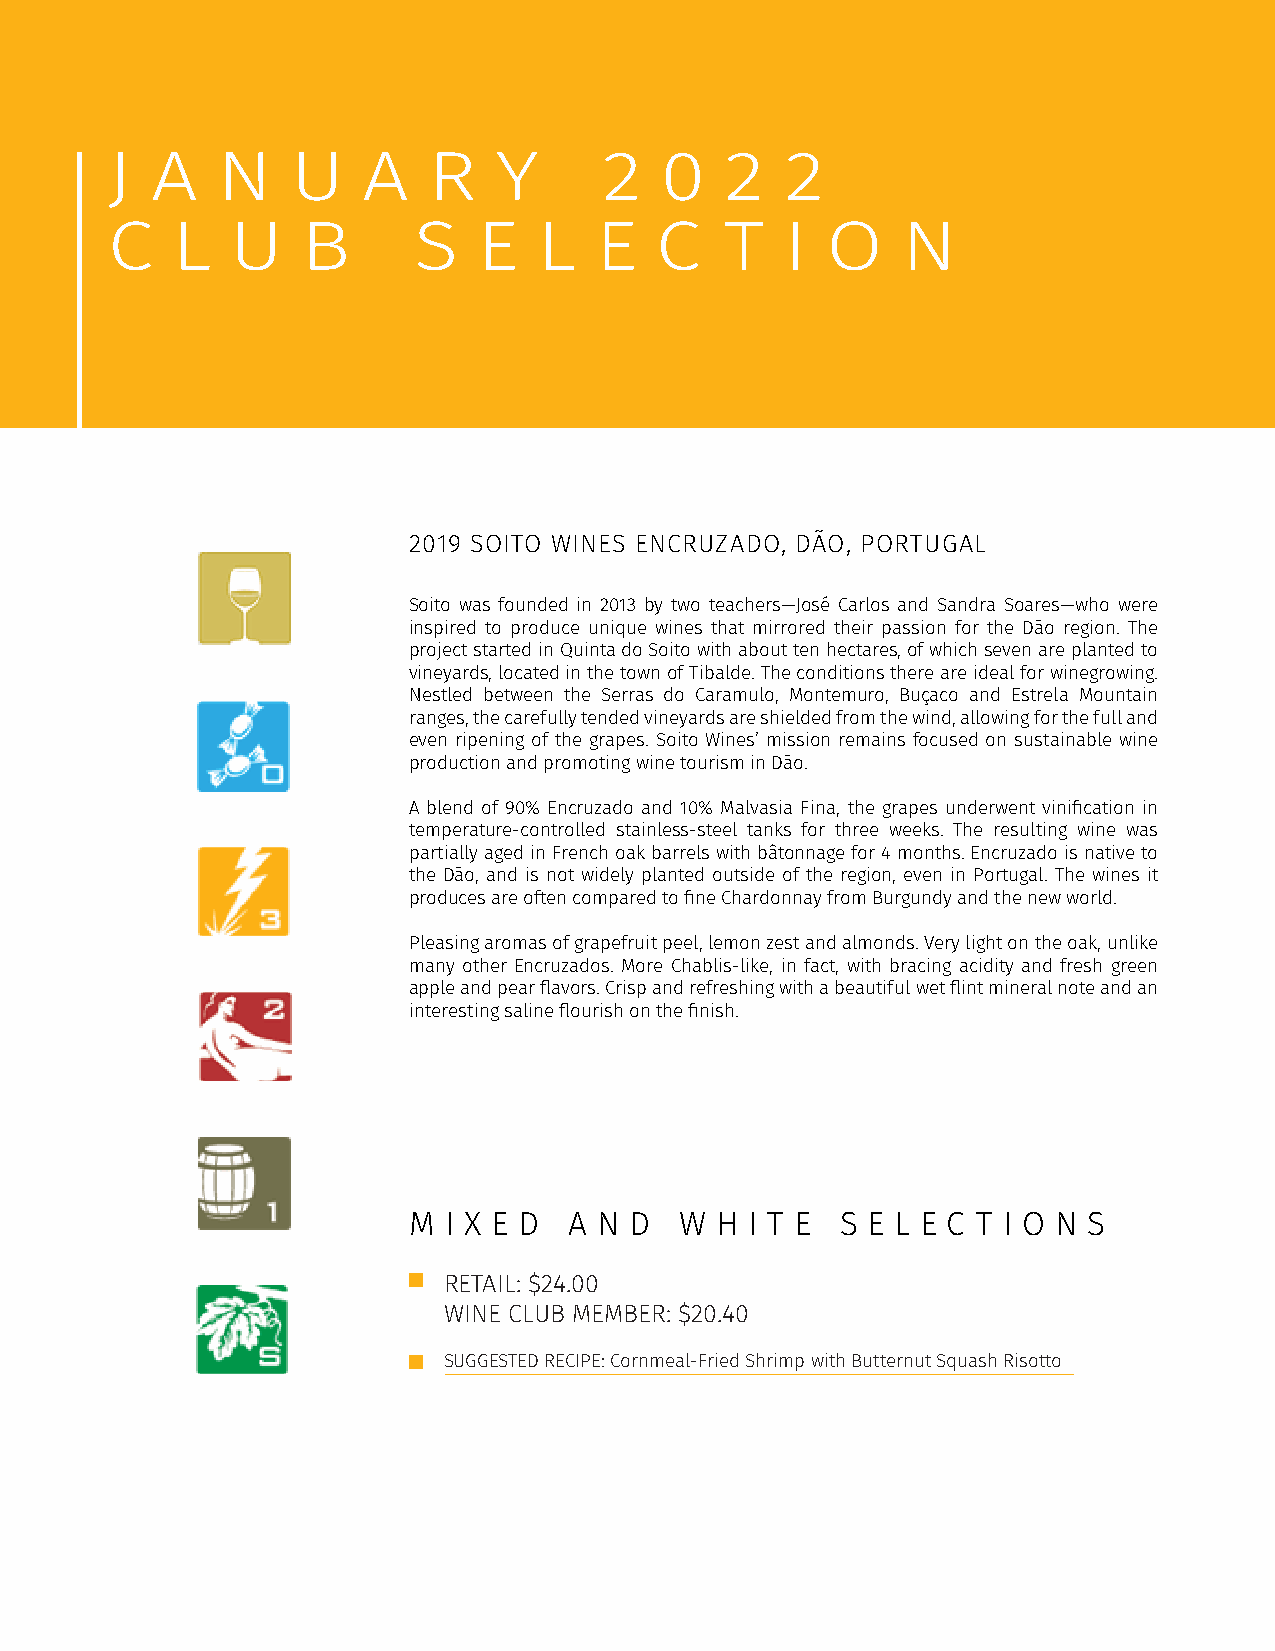
J  A   N    U    A   R    Y      2   0   2   2
 C   L   U    B      S    E   L  E   C    T   I  O    N
 2019 SOITO WINES ENCRUZADO, DÃO, PORTUGAL
 Soito was founded in 2013 by two teachers—José Carlos and Sandra Soares—who were
 inspired to produce unique wines that mirrored their passion for the Dão region. The
 project started in Quinta do Soito with about ten hectares, of which seven are planted to
 vineyards, located in the town of Tibalde. The conditions there are ideal for winegrowing.
 Nestled between the Serras do Caramulo, Montemuro, Buçaco and Estrela Mountain
 ranges, the carefully tended vineyards are shielded from the wind, allowing for the full and
 even ripening of the grapes. Soito Wines’ mission remains focused on sustainable wine
 production and promoting wine tourism in Dão.
 A blend of 90% Encruzado and 10% Malvasia Fina, the grapes underwent vinification in
 temperature-controlled stainless-steel tanks for three weeks. The resulting wine was
 partially aged in French oak barrels with bâtonnage for 4 months. Encruzado is native to
 the Dão, and is not widely planted outside of the region, even in Portugal. The wines it
 produces are often compared to fine Chardonnay from Burgundy and the new world.
 Pleasing aromas of grapefruit peel, lemon zest and almonds. Very light on the oak, unlike
 many other Encruzados. More Chablis-like, in fact, with bracing acidity and fresh green
 apple and pear flavors. Crisp and refreshing with a beautiful wet flint mineral note and an
 interesting saline flourish on the finish.
 M I X E D  A N D  W H  I T E S E L E C T I O N S
 RETAIL: $24.00
 WINE CLUB MEMBER: $20.40
 SUGGESTED RECIPE: Cornmeal-Fried Shrimp with Butternut Squash Risotto